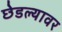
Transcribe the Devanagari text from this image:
छेडल्यावर